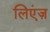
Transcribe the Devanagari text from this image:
लिएंज़